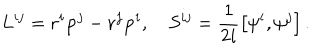
L ^ { i j } = { \bf r } ^ { i } { \bf p } ^ { j } - { \bf r } ^ { j } { \bf p } ^ { i } , \quad S ^ { i j } = \frac 1 { 2 i } \left[ { \bf \psi } ^ { i } , { \bf \psi } ^ { j } \right] .